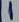
Text: 1